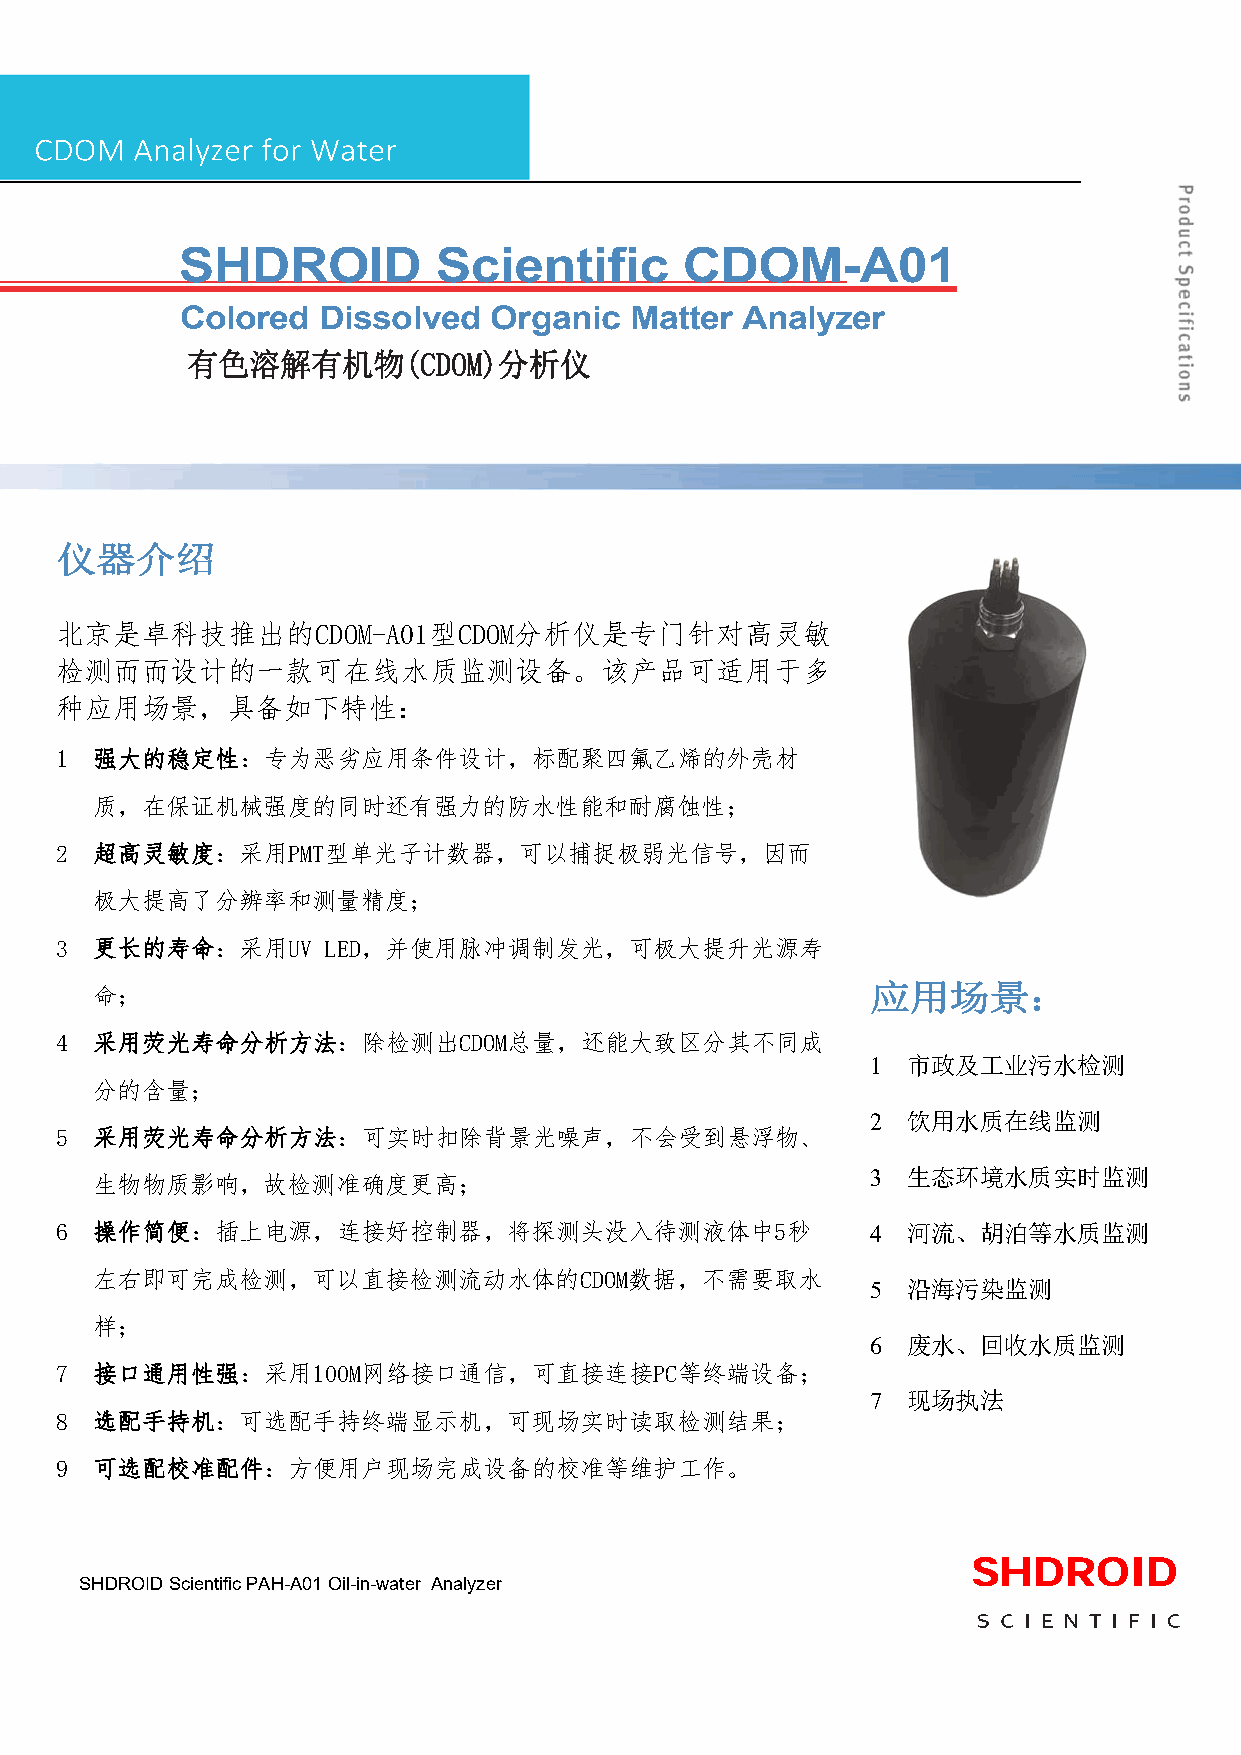
SHDROID          Scientific      CDOM-A01
 Colored  Dissolved  Organic   Matter Analyzer
 有色溶解有机物(CDOM)分析仪
 仪器介绍
 北京是卓科技推出的CDOM-A01型CDOM分析仪是专门针对高灵敏
 检测而而设计的一款可在线水质监测设备。该产品可适用于多
 种应用场景，具备如下特性：
 1 强大的稳定性：专为恶劣应用条件设计，标配聚四氟乙烯的外壳材
 质，在保证机械强度的同时还有强力的防水性能和耐腐蚀性；
 2 超高灵敏度：采用PMT型单光子计数器，可以捕捉极弱光信号，因而
 极大提高了分辨率和测量精度；
 3 更长的寿命：采用UV     LED，并使用脉冲调制发光，可极大提升光源寿
 命；                                                  应用场景：
 4 采用荧光寿命分析方法：除检测出CDOM总量，还能大致区分其不同成
 1 市政及工业污水检测
 分的含量；
 2 饮用水质在线监测
 5 采用荧光寿命分析方法：可实时扣除背景光噪声，不会受到悬浮物、
 生物物质影响，故检测准确度更高；                                    3 生态环境水质实时监测
 6 操作简便：插上电源，连接好控制器，将探测头没入待测液体中5秒                      4 河流、胡泊等水质监测
 左右即可完成检测，可以直接检测流动水体的CDOM数据，不需要取水
 5 沿海污染监测
 样；
 6 废水、回收水质监测
 7 接口通用性强：采用100M网络接口通信，可直接连接PC等终端设备；
 7 现场执法
 8 选配手持机：可选配手持终端显示机，可现场实时读取检测结果；
 9 可选配校准配件：方便用户现场完成设备的校准等维护工作。
 SHDROID
 SHDROID Scientific PAH-A01 Oil-in-water Analyzer